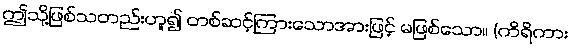
ဤသို့ဖြစ်သတည်းဟူ၍ တစ်ဆင့်ကြားသောအားဖြင့် မဖြစ်သော။ (ကိရိကား